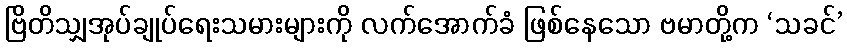
ဗြိတိသျှအုပ်ချုပ်ရေးသမားများကို လက်အောက်ခံ ဖြစ်နေသော ဗမာတို့က ‘သခင်’